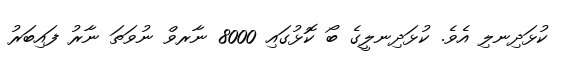
ކުޅަދިނލި އެވެ. ކުޅަދިނލީގެ ބޯ ކޮޅުގައި 8000 ނާރވް ނުވަތަ ނާރު ފައިބަރު